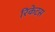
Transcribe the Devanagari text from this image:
रिकेटस